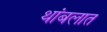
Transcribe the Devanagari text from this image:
थांबलात